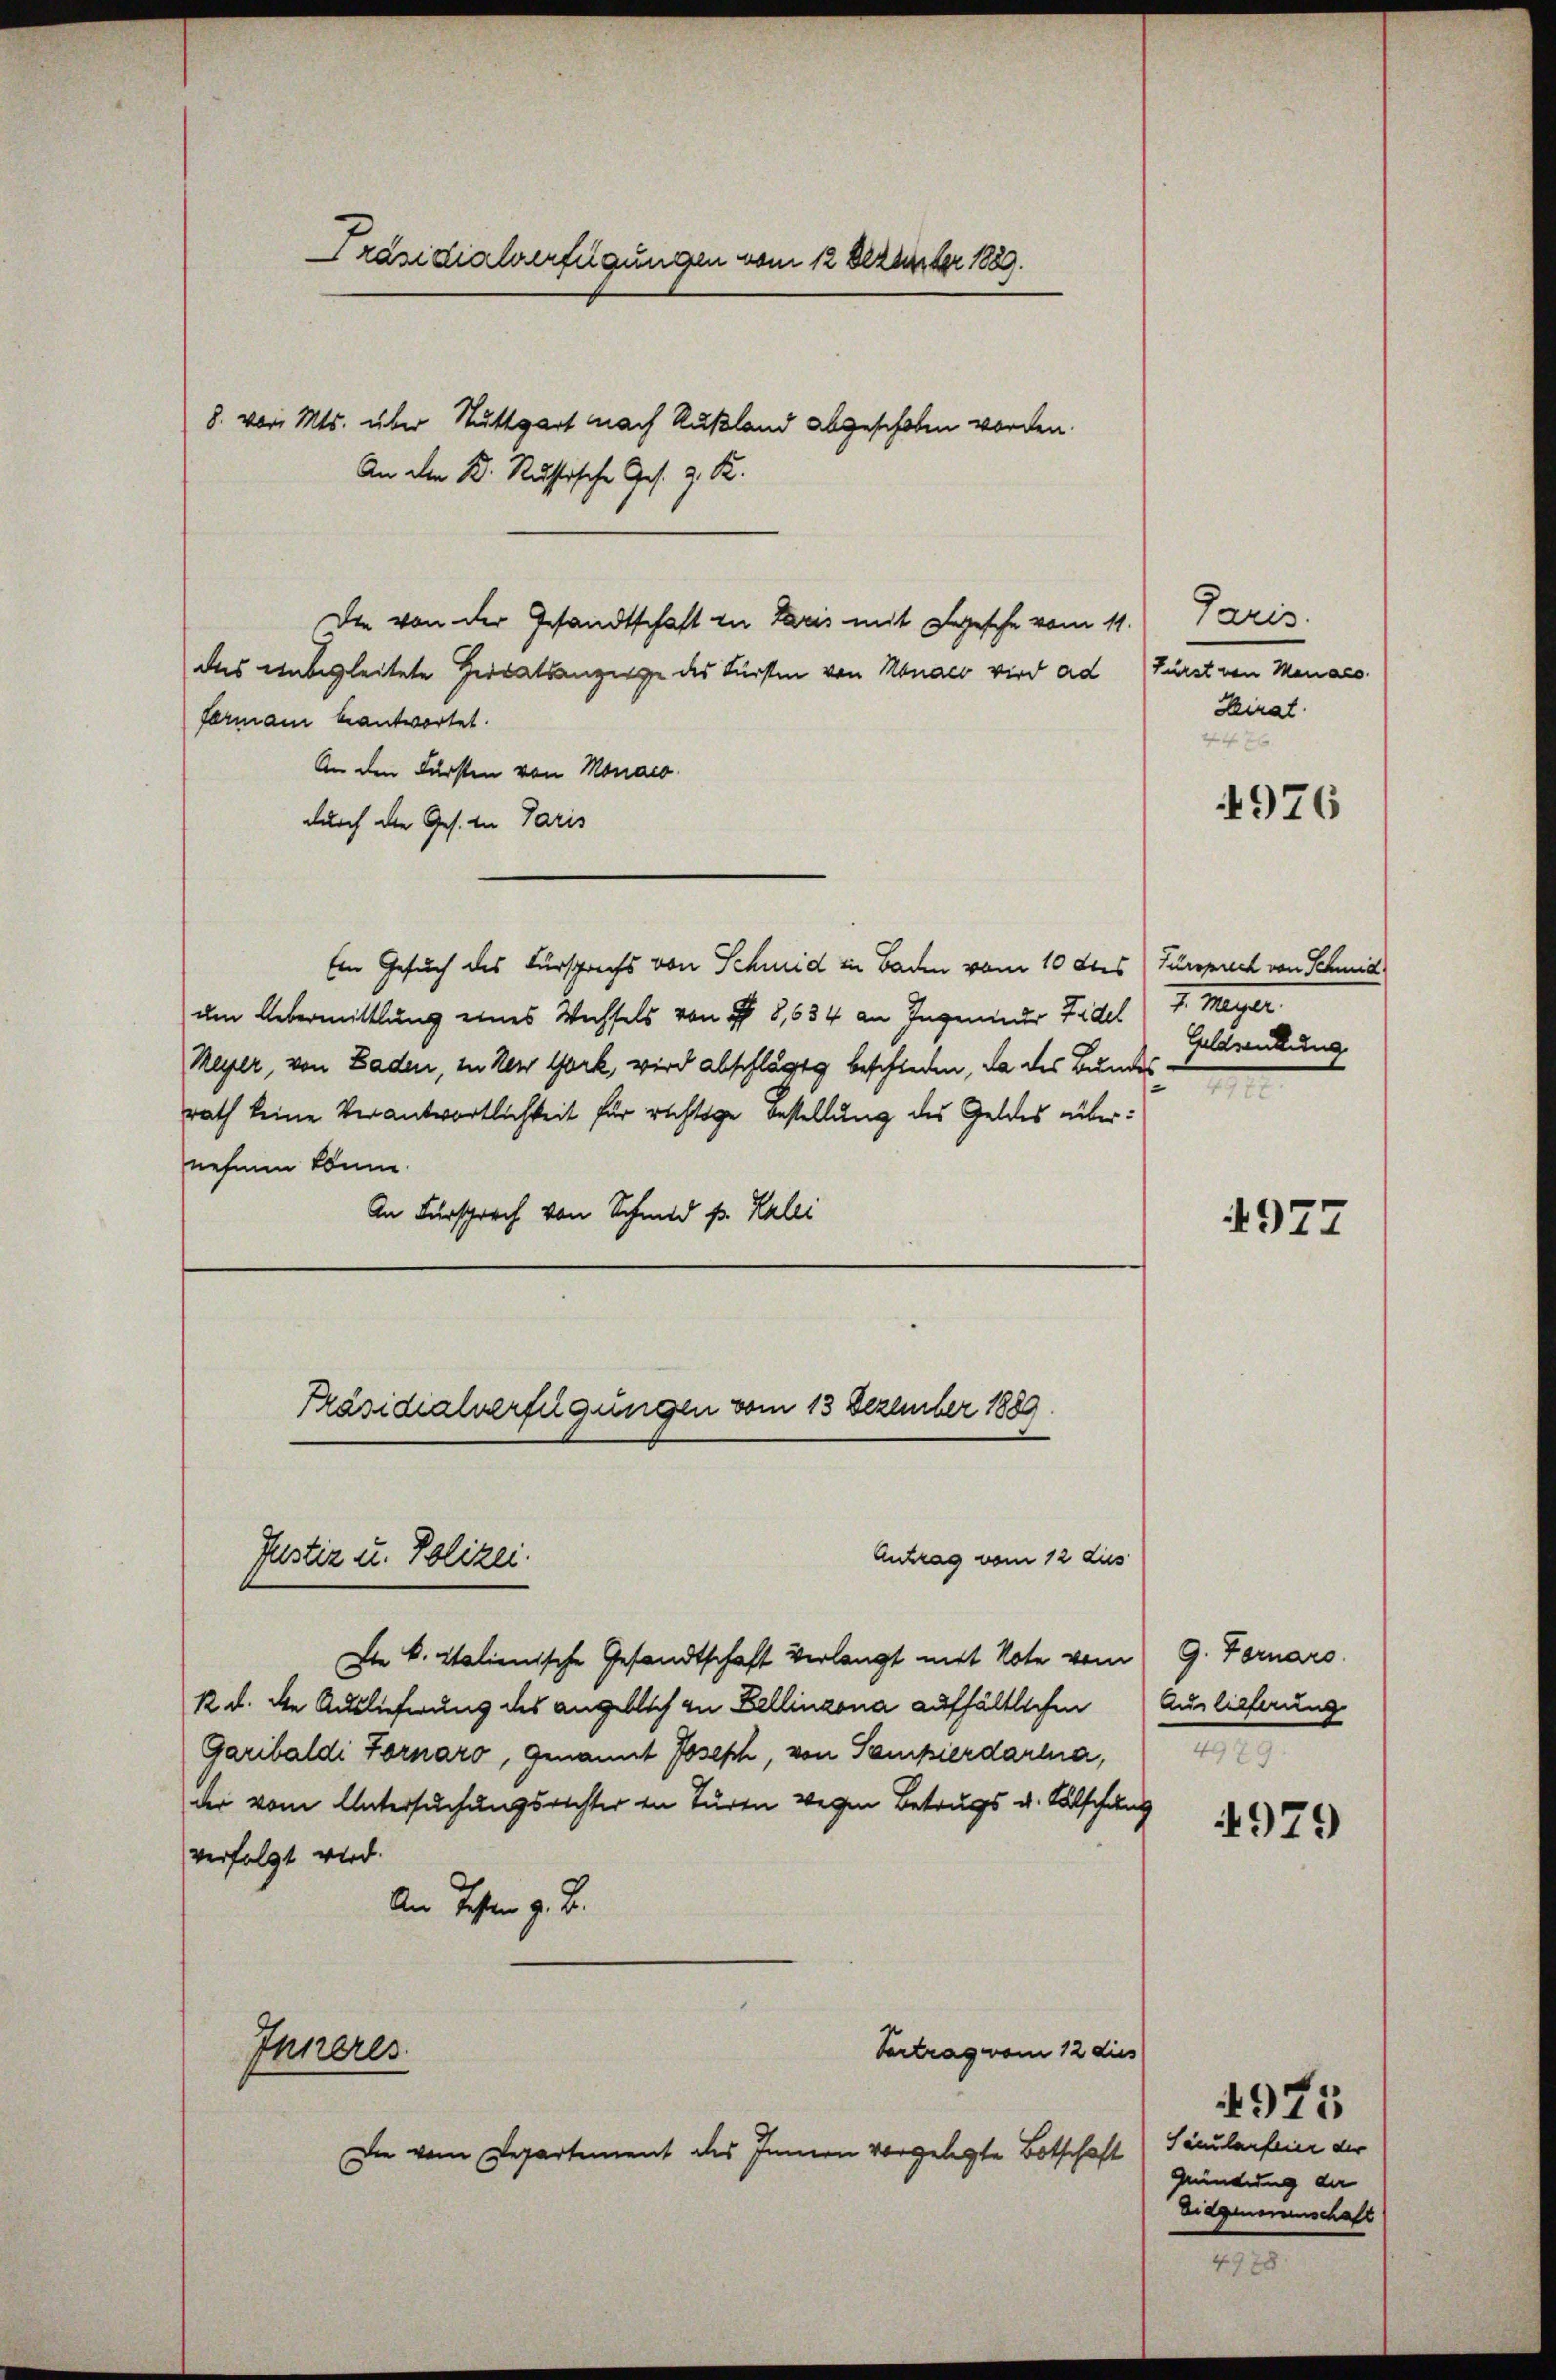
Präsidialverfügungen vom 12 Dezember 1889.

An den K. Russische Ges. z. R.

8. von Mts. über Stuttgart nach Rußland abgeschoben worden.

Die von der Gesandtschaft zu Paris mit Segesche vom 11.
das unbegleitete Heiratsanzeige des Fürsten von Monaco wird ad Fürst von Menaco
fermani beantwortet.
An den Fürsten von Monaco
durch die Ges. in Paris
Ein Gesuch des Fürsprechs von Schmid in Baden vom 10 des Fürsprich von Schmid
um Übermittlung eines Wechsels von § 8,634 an Ingenieur Fidel
Meyer, von Baden, in der Gark, wird abschlägt beschieden, da des Bundes
rath keine Verantwortlichkeit für richtige Bestellung des Geldes übernehmen könne.
An Fürsprech von Schmid p. Kalei

Präsidialverfügungen vom 13 Dezember 1889.

Justiz u. Polizei.

Paris.
Heirat.
1 f 4 x

Antrag vom 12 dies
In k. Italienische Gesandtschaft verlangt mit Note vom 9. Fornaro
12. d. die Auslieferung des angeblich zu Bellinzona aufhältlichen
Garibaldi Fornaro, genannt Joseph, von Sempierdarina,
der vom Untersuchungsrichter in Türen wegen Betrugs u. Fälschung
verfolgt wird.
An Tochten z. B.
Vertrag vom 12 dies
Inneres
Die vom Departement des Innern vorgelegte Botschaft

4976

7. Magn.
Celdrenkung

977

Auslieferung
m

4979

4975
Häulaufein der
Gründung der
Eidgenomenschaft